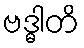
ဗဒ္ဓါတိ